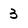
Character: 3